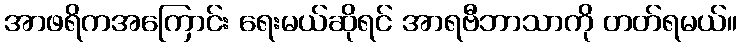
အာဖရိကအကြောင်း ရေးမယ်ဆိုရင် အာရဗီဘာသာကို တတ်ရမယ်။